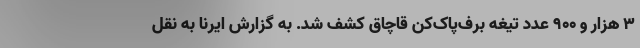
۳ هزار و ۹۰۰ عدد تیغه برف‌پاک‌کن قاچاق کشف شد. به گزارش ایرنا به نقل